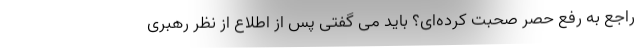
راجع به رفع حصر صحبت کرده‌ای؟ باید می گفتی پس از اطلاع از نظر رهبری